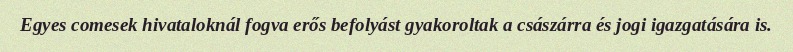
Egyes comesek hivataloknál fogva erős befolyást gyakoroltak a császárra és jogi igazgatására is.